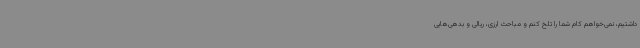
داشتیم، نمی‌خواهم کام شما را تلخ کنم و مباحث ارزی، ریالی و بدهی‌هایی